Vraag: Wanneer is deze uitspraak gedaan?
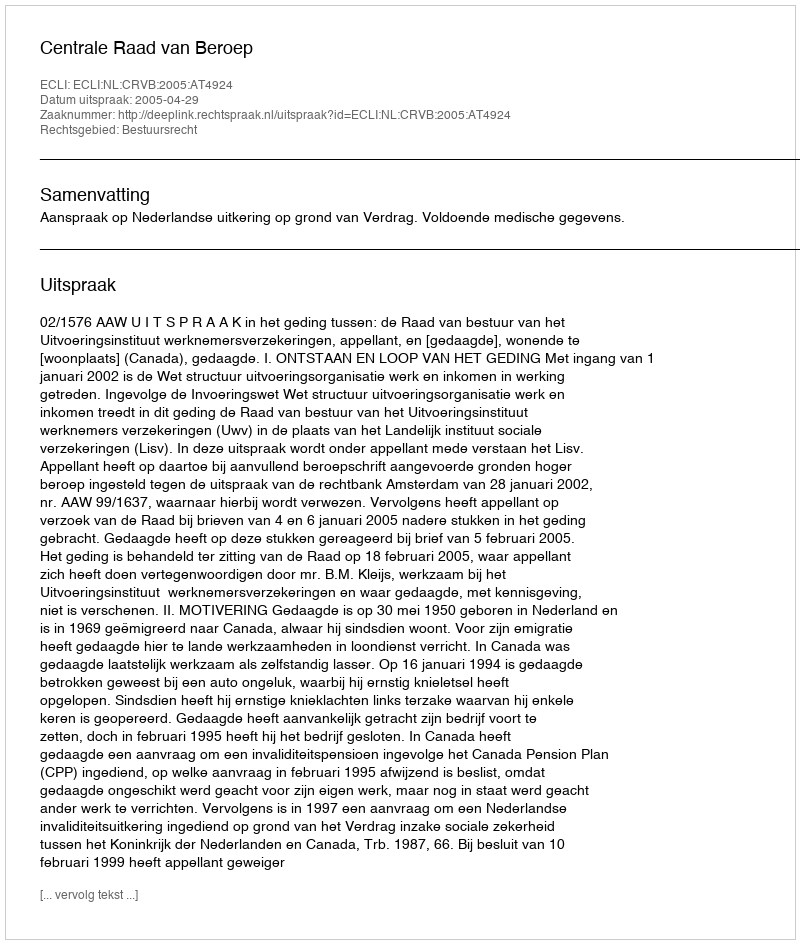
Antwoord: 2005-04-29